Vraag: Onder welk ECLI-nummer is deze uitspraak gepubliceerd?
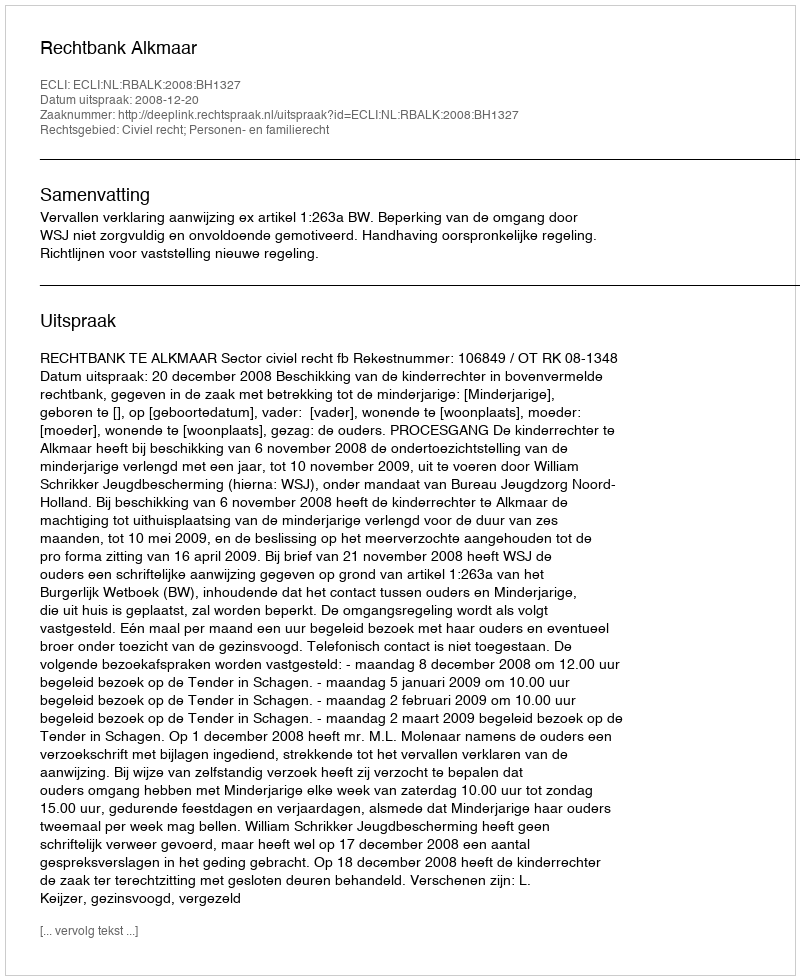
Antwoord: ECLI:NL:RBALK:2008:BH1327